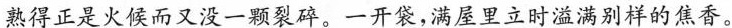
熟得正是火候而又没一颗裂碎。一开袋，满屋里立时溢满别样的焦香。